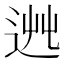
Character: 𨒯